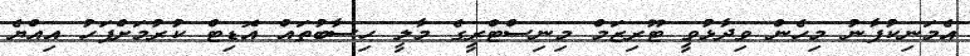
އެމަނިކުފާނު މިހެން ވިދާޅުވީ ޓޫރިޒަމް މިނިސްޓްރީގެ މާލީ ހިސާބުތައް އޮޑިޓް ކުރުމަށްފަހު އިއްޔެ